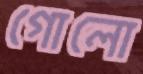
গোলো